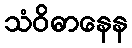
သံဝိဓာနေန